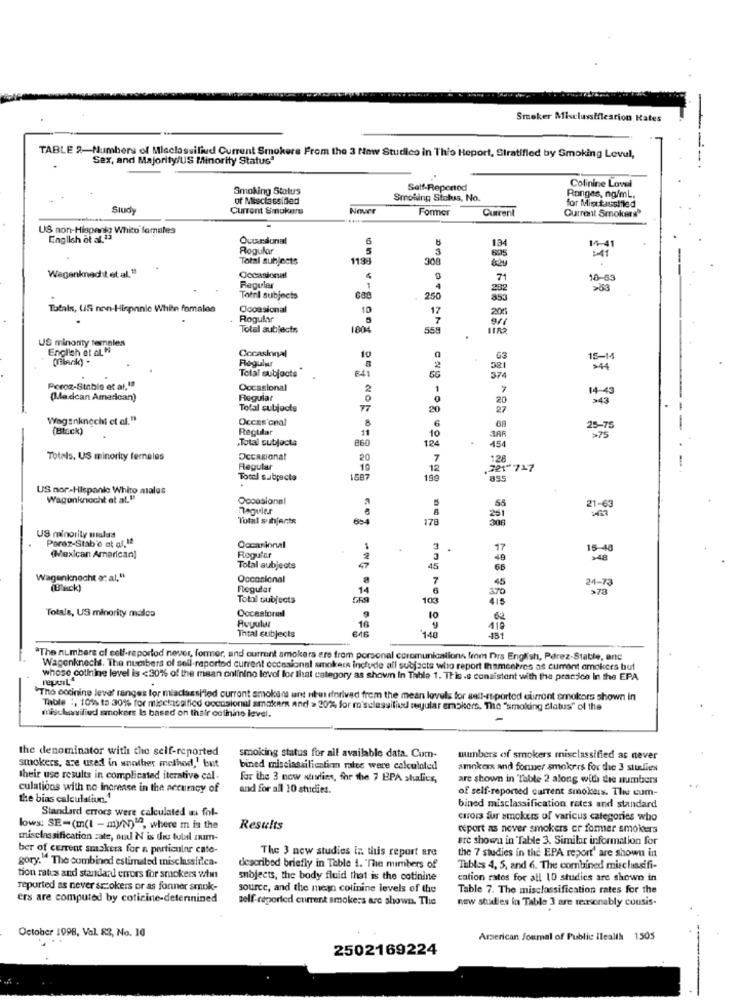
Smoker Misclassification Hates
TABLE 2-Numbers of Misclassified Current Smokers From the 3 Now Studico in This Heport, Stratifled by Smoking Levul,
Sex, and Majority/US Minority Status"
Colinine Loval
Smoking Status
Self-Repertod
of MisclassiBad
Smoking Status, No.
Ranges, ng/ml.
Study
Current Smokers
Neuer
Former
Current
for Misctassiled
Current Smokers
US non-Hispania Whito females
English ot al.13
6
Rogular
3
13
14
: 41
Total subjects
1193
308
605
Wagenknecht et al. 1
Occasional
71
18-55
Regular
1
4
Total subjects
250
Totals, US non-Hispanic White fomales
Occasional
10
2011
Rogular
Total subjects
1804
558
US minority temples
English et al. "
(Filerk) -
Regular
Occasional
63
15-14
Total subjects
321
641
Poroz-Stable et al.1ª
Oocasional
2
7
14-43
(Madcan Amarican)
Regular
0
343
Total subjools
20
Wagenknecht et al."
Occas'cnal
(Black)
Regular
8
25-75
.Total subjecta
11
10
3AR
>75
860
124
454
Totals, US minority ferneles
Occasional
20
128
Regular
19
12
.221- 717
Total subjects
1587
199
855
US nor-Hispanic Whito males
Wagenknecht et al."
Occasional
Reguler
55
21-63
Total subjects
178
US minority mialas
Paraz-Stab'e ot at.12
Occasional
17
15-48
(Mexican American]
Regular
>48
Total subjects
45
Wagenknecht a: at,"
Occasional
24-73
(Back)
Flegular
14
45
>73
Total subjects
103
Totals, US minority malos
Oocestoril
Ruyulur
10
16
110
Total subjects
148
431
*The numbers of self-reportod never, former, and current smokers are from personal epromunicalions from Drs English, Perez-Stable, and
Wagenknecht. The numbers of sell-raportod current occasional smokers include all subjects who report themselves as current omokers but
whose cotinine level is <30% of the mean colinino levof for that category as shown In Table 1. This.s consistent with the pracice In the EPA
repuIL
"Tho codinine levar ranges for miaclassHled curront smokans ant Huisforived from the mean lovels for self-reported eurront smokors shown In
Table :, 101% to 30% for micclassified oocasional smoker and > 2024 for m'sclassiliad suyular smokers. The "smoking clatus" of the
mischasified smokers Is based on thatr colinine level.
-
the denominator with the self-reported
smokers, are used in another method,' but
smoking status for ail available data. Com-
numbers of smokers misclassified as never
bined misclassification rates were calculated
amokexx and former smokers for the 3 stulits
their use results in complicated iterative cal-
for the 3 now stirling, for the 7 EPA shalics,
are shown in Table 2 along with die numbers
culations with no increase in the accuracy of
and for all 10 studies.
of self-reported current smokers. The cum-
the bias calculation."
Standard errors were calculated w fol-
bined misclassification rates and standard
carors fur smokers of varicus categories who
lows: SE=(m(l - myN) , where m is the
Results
deport as never smokers er former smokers
misclassification zate, oud N is die tutal num-
are shown in Table 3. Similar information for
ber of current smakera for a particular cate-
The 3 new studies in this report are
the 7 studies in the EPA report' are shown in
gory." The combined estimated misclassifica-
described briefly in Table 1. "The members of
Thbles 4, 5, and 6. The combined misclassifi-
ton rates and standard errors for smokers wwfin
subjects, the body fluid that is the cotinine
cation rates for all 10 studies are shown in
reported as never srokers or as forner smok-
source, and the mean colinine levels of the
Table 7. The misclossification rates for the
ers are computed by coticine-determined
self-reported current smokers are shown. The
new studies in Table 3 are reasonably cousis-
October 1998, Val. 83, No. 10
American Journal of Public ileallh 1505
2502169224